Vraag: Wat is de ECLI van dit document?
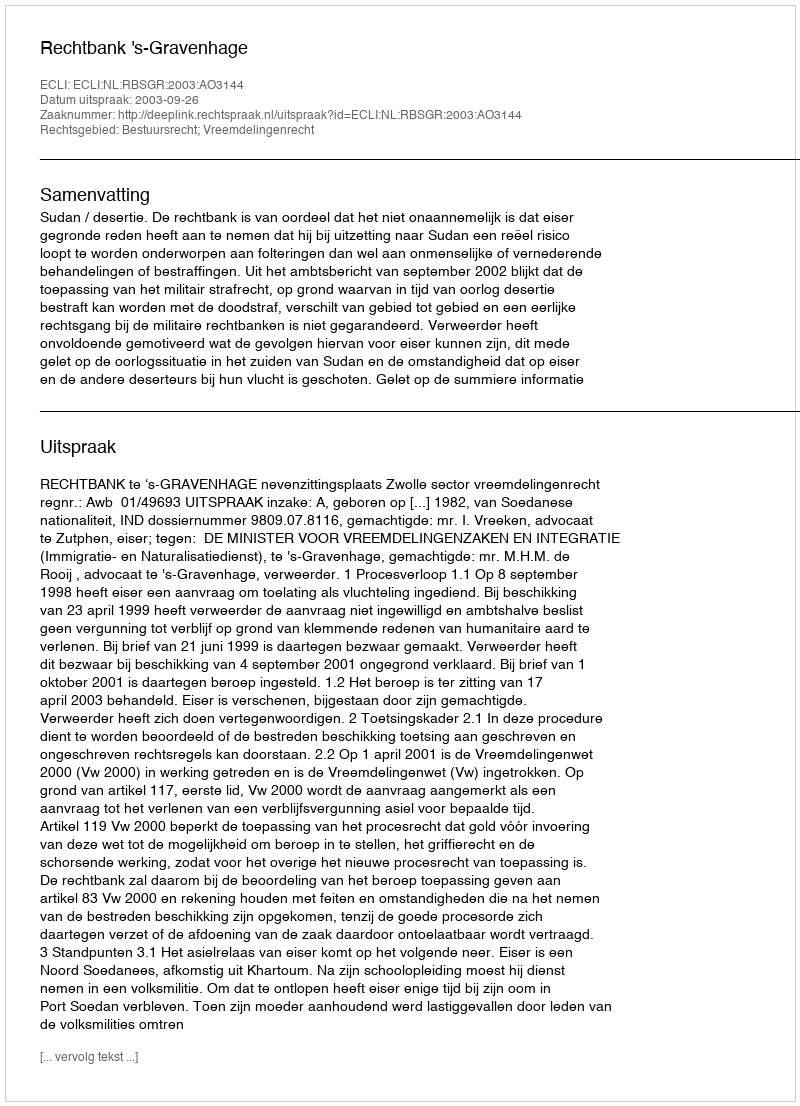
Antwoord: ECLI:NL:RBSGR:2003:AO3144